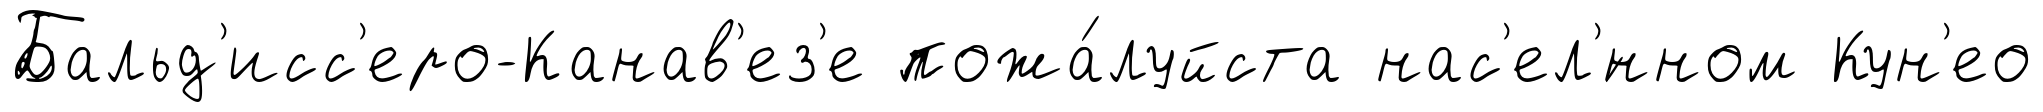
Бальд'исс'еро-Канав'ез'е пожа́луйста нас'ел'́нном Кун'ео